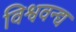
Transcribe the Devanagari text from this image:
विश्ववन्द्य